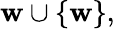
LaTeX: \mathbf{w}\cup\{ \mathbf{w}\} ,